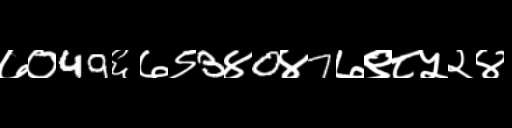
Text: ७०49६७९3४0४7७९८५२४